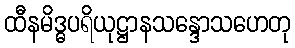
ထီနမိဒ္ဓပရိယုဋ္ဌာနသန္ဒောသဟေတု